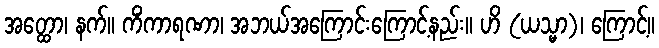
အတ္ထော၊ နက်။ ကိံကာရဏာ၊ အဘယ်အကြောင်းကြောင့်နည်း။ ဟိ (ယသ္မာ)၊ ကြောင့်။